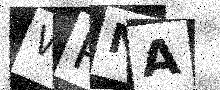
Text: WPNA